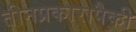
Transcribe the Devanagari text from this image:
तीनप्रकारापैकी